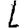
Digit: 1